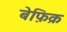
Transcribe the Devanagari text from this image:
बेफ़िक्र